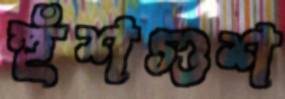
হুঁশগুশ